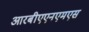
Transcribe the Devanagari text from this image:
आरबीएएनएमएस